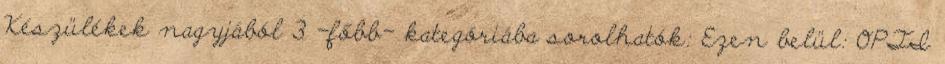
Készülékek nagyjából 3 -főbb- kategóriába sorolhatók: Ezen belül: OPTI